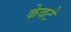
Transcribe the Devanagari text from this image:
केवटे